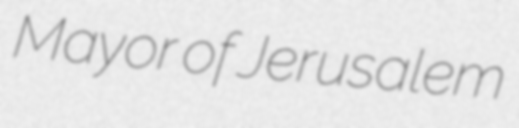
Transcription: Mayor of Jerusalem